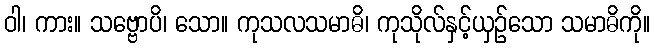
ဝါ၊ ကား။ သဗ္ဗောပိ၊ သော။ ကုသလသမာဓိ၊ ကုသိုလ်နှင့်ယှဉ်သော သမာဓိကို။